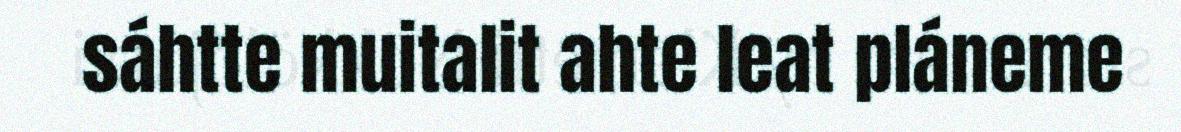
sáhtte muitalit ahte leat pláneme